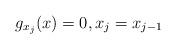
LaTeX: \begin{align*}g_{x_j}(x) = 0, x_j = x_{j-1} \end{align*}